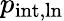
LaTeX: p_{\mathrm{int,ln}}